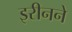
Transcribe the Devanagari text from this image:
इरीनने